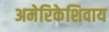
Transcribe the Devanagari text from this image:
अमेरिकेशिवाय